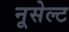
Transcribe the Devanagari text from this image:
नूसेल्ट